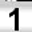
Digit: 1